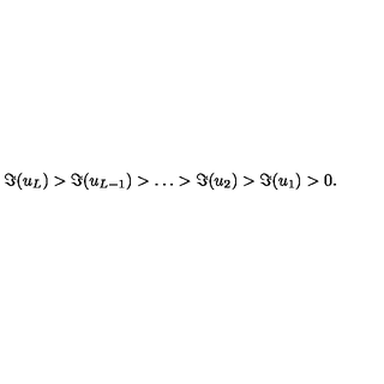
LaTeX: \Im ( u _ { L } ) > \Im ( u _ { L - 1 } ) > \ldots > \Im ( u _ { 2 } ) > \Im ( u _ { 1 } ) > 0 .